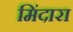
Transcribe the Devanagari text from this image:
मिंदारा